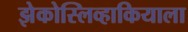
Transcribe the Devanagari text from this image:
झेकोस्लिव्हाकियाला